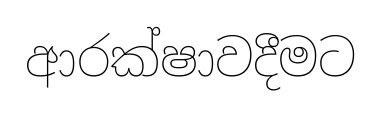
ආරක්ෂාවදීමට